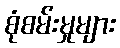
စုံစမ်းမှုများ